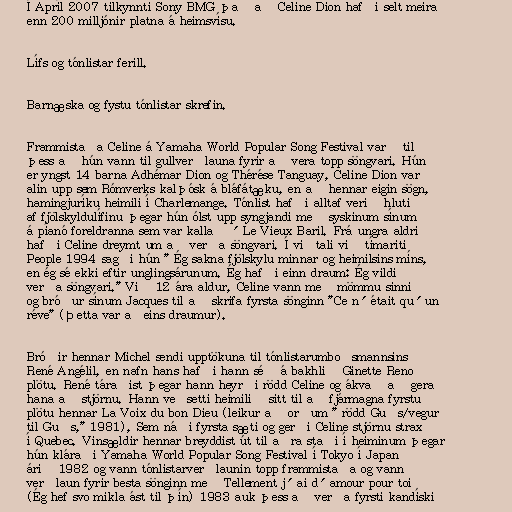
Í Apríl 2007 tilkynnti Sony BMG það að Celine Dion hafði selt meira
enn 200 milljónir platna á heimsvísu.

Lífs og tónlistar ferill.

Barnæska og fystu tónlistar skrefin.

Frammistaða Celine á Yamaha World Popular Song Festival varð til
þess að hún vann til gullverðlauna fyrir að vera topp söngvari. Hún
er yngst 14 barna Adhémar Dion og Thérése Tanguay, Celine Dion var
alin upp sem Rómverks kalþósk á bláfátæku, en að hennar eigin sögn,
hamingjuríku heimili í Charlemange. Tónlist hafði alltaf verið hluti
af fjölskyldulífinu þegar hún ólst upp syngjandi með syskinum sínum
á píanó foreldranna sem var kallað ´Le Vieux Baril. Frá ungra aldri
hafði Celine dreymt um að verða söngvari. Í viðtali við tímaritið
People 1994 sagði hún " Ég sakna fjölskylu minnar og heimilsins míns,
en ég sé ekki eftir unglingsárunum. Ég hafði einn draum: Ég vildi
verða söngvari." Við 12 ára aldur, Celine vann með mömmu sinni
og bróður sínum Jacques til að skrifa fyrsta sönginn "Ce n´était qu´un
réve" (Þetta var aðeins draumur).

Bróðir hennar Michel sendi upptökuna til tónlistarumboðsmannsins
René Angélil, en nafn hans hafði hann séð á bakhlið Ginette Reno
plötu. René táraðist þegar hann heyrði rödd Celine og ákvað að gera
hana að stjörnu. Hann veðsetti heimilið sitt til að fjármagna fyrstu
plötu hennar La Voix du bon Dieu (leikur að orðum " rödd Guðs/vegur
til Guðs," 1981), Sem náði fyrsta sæti og gerði Celine stjörnu strax
í Quebec. Vinsældir hennar breyddist út til aðra staði í heiminum þegar
hún kláraði Yamaha World Popular Song Festival í Tokyo í Japan
árið 1982 og vann tónlistarverðlaunin topp frammistaða og vann
verðlaun fyrir besta sönginn með Tellement j´ai d´amour pour toi
(Ég hef svo mikla ást til þín) 1983 auk þess að verða fyrsti kandíski